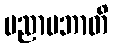
ပညာပဘာတိ